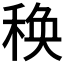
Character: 𥠅